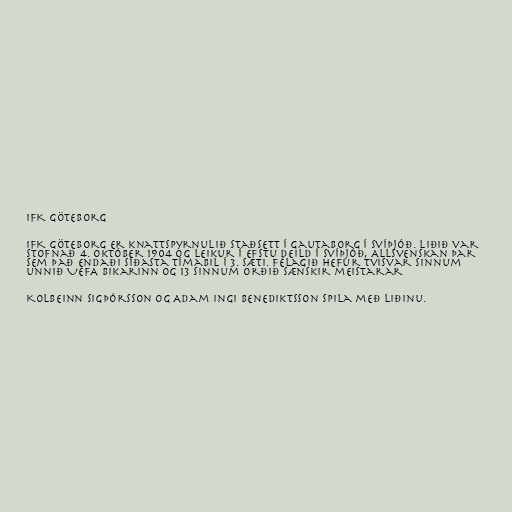
IFK Göteborg

IFK Göteborg er knattspyrnulið staðsett í Gautaborg í Svíþjóð. Liðið var
stofnað 4. október 1904 og leikur í efstu deild í Svíþjóð, Allsvenskan þar
sem það endaði síðasta tímabil í 3. sæti. Félagið hefur tvisvar sinnum
unnið UEFA bikarinn og 13 sinnum orðið sænskir meistarar

Kolbeinn Sigþórsson og Adam Ingi Benediktsson spila með liðinu.